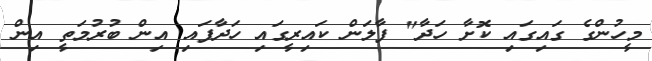
މީހުންގެ ގައިގައި ކޮށާ ހަދާ" ފާލަން ކައިރީގައި ހަދާފައި އިން ބުރުމަތީ އިން